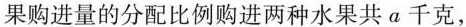
果购进量的分配比例购进两种水果共α千克，